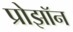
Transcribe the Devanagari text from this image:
प्रोझॉन